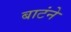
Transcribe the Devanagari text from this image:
बाटंने